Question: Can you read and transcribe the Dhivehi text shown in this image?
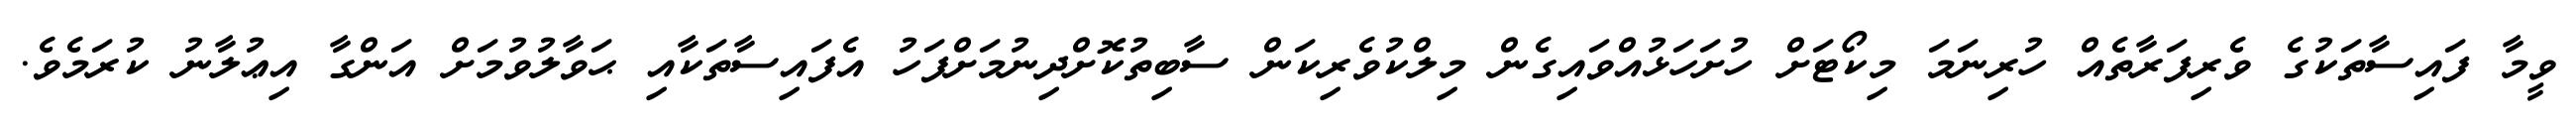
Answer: ވީމާ ފައިސާތަކުގެ ވެރިފަރާތެއް ހުރިނަމަ މިކޯޓަށް ހުށަހަޅުއްވައިގެން މިލްކުވެރިކަން ސާބިތުކޮށްދިނުމަށްފަހު އެފައިސާތަކާއި ޙަވާލުވުމަށް އަންގާ އިޢުލާނު ކުރަމެވެ.